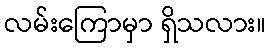
လမ်းကြောမှာ ရှိသလား။